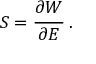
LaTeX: { \boldsymbol { S } } = { \cfrac { \partial W } { \partial { \boldsymbol { E } } } } ~ .